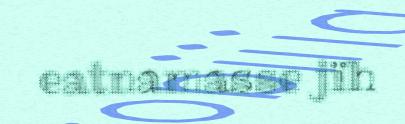
eatnamasse jïh